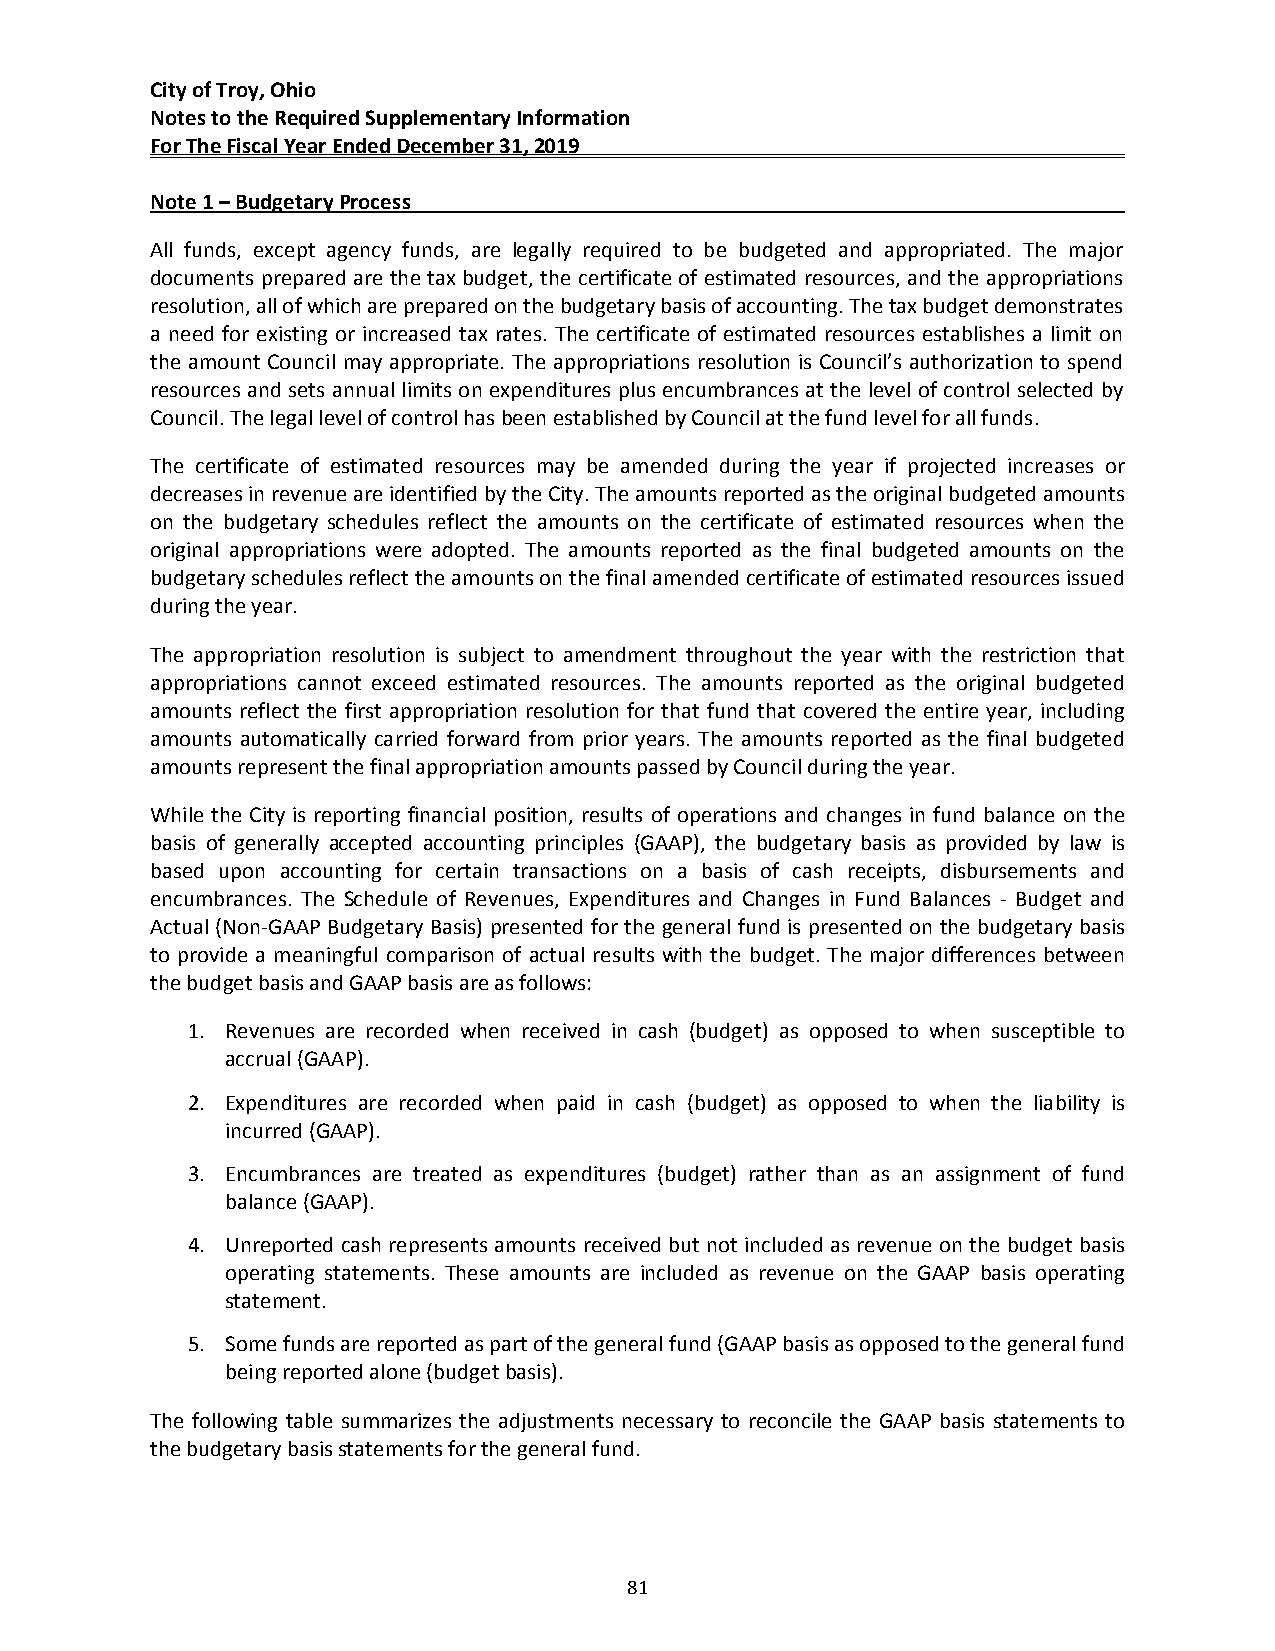
City of Troy, Ohio
 Notes to the Required Supplementary Information
 For The Fiscal Year Ended December 31, 2019
 Note 1 – Budgetary Process
 All funds, except agency funds, are legally required to be budgeted and appropriated. The major
 documents prepared are the tax budget, the certificate of estimated resources, and the appropriations
 resolution, all of which are prepared on the budgetary basis of accounting. The tax budget demonstrates
 a need for existing or increased tax rates. The certificate of estimated resources establishes a limit on
 the amount Council may appropriate. The appropriations resolution is Council’s authorization to spend
 resources and sets annual limits on expenditures plus encumbrances at the level of control selected by
 Council. The legal level of control has been established by Council at the fund level for all funds.
 The certificate of estimated resources may be amended during the year if projected increases or
 decreases in revenue are identified by the City. The amounts reported as the original budgeted amounts
 on the budgetary schedules reflect the amounts on the certificate of estimated resources when the
 original appropriations were adopted. The amounts reported as the final budgeted amounts on the
 budgetary schedules reflect the amounts on the final amended certificate of estimated resources issued
 during the year.
 The appropriation resolution is subject to amendment throughout the year with the restriction that
 appropriations cannot exceed estimated resources. The amounts reported as the original budgeted
 amounts reflect the first appropriation resolution for that fund that covered the entire year, including
 amounts automatically carried forward from prior years. The amounts reported as the final budgeted
 amounts represent the final appropriation amounts passed by Council during the year.
 While the City is reporting financial position, results of operations and changes in fund balance on the
 basis of generally accepted accounting principles (GAAP), the budgetary basis as provided by law is
 based upon accounting for certain transactions on a basis of cash receipts, disbursements and
 encumbrances. The Schedule of Revenues, Expenditures and Changes in Fund Balances ‐ Budget and
 Actual (Non‐GAAP Budgetary Basis) presented for the general fund is presented on the budgetary basis
 to provide a meaningful comparison of actual results with the budget. The major differences between
 the budget basis and GAAP basis are as follows:
 1. Revenues are recorded when received in cash (budget) as opposed to when susceptible to
 accrual (GAAP).
 2. Expenditures are recorded when paid in cash (budget) as opposed to when the liability is
 incurred (GAAP).
 3. Encumbrances are treated as expenditures (budget) rather than as an assignment of fund
 balance (GAAP).
 4. Unreported cash represents amounts received but not included as revenue on the budget basis
 operating statements. These amounts are included as revenue on the GAAP basis operating
 statement.
 5. Some funds are reported as part of the general fund (GAAP basis as opposed to the general fund
 being reported alone (budget basis).
 The following table summarizes the adjustments necessary to reconcile the GAAP basis statements to
 the budgetary basis statements for the general fund.
 81